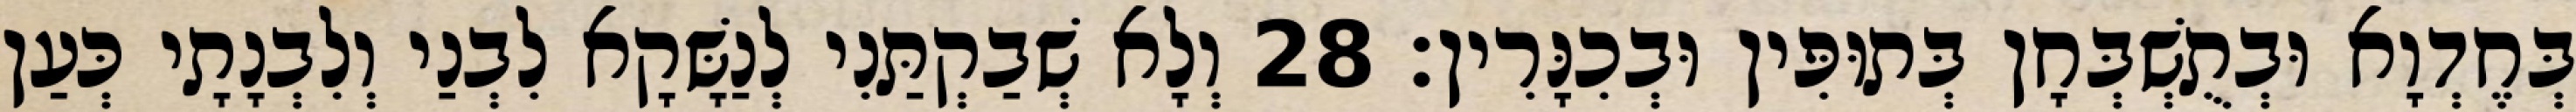
בְּחֶדְוָא וּבְתֻשְׁבְּחָן בְּתוּפִּין וּבְכִנָּרִין׃ 28 וְלָא שְׁבַקְתַּנִי לְנַשָּׁקָא לִבְנַי וְלִבְנָתָי כְּעַן